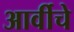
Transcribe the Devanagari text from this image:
आर्वीचे